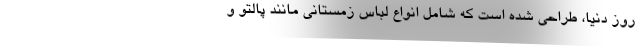
روز دنیا، طراحی شده است که شامل انواع لباس زمستانی مانند پالتو و